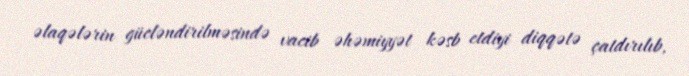
əlaqələrin gücləndirilməsində vacib əhəmiyyət kəsb etdiyi diqqətə çatdırılıb,